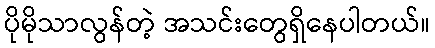
ပိုမိုသာလွန်တဲ့ အသင်းတွေရှိနေပါတယ်။